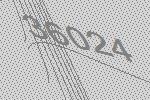
36024